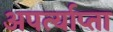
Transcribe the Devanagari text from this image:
अपर्त्याप्ता